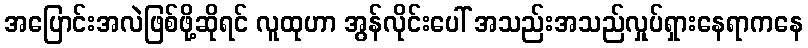
အပြောင်းအလဲဖြစ်ဖို့ဆိုရင် လူထုဟာ အွန်လိုင်းပေါ် အသည်းအသည်လှုပ်ရှားနေရာကနေ